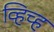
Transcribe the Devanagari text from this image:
व्हिच्ह